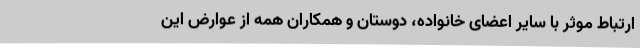
ارتباط موثر با سایر اعضای خانواده، دوستان و همکاران همه از عوارض این